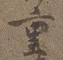
重